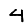
Digit: 4